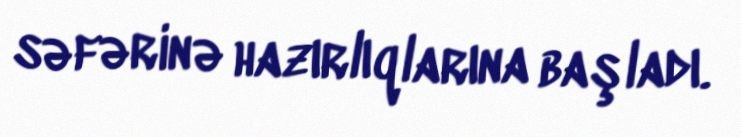
səfərinə hazırlıqlarına başladı.